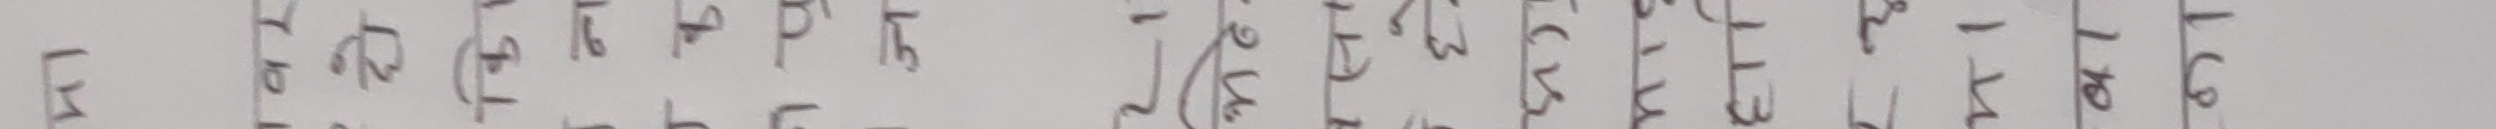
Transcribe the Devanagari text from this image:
प दिए पनि गर्छ अनि गरि दिन्छ जस्तै हुन्छ हुन्छ गर्न सक्छ जान्छ पनि छ दिनु
प बिहान पछि गरे गए गरे दिन जान्छ हुन हुन गए सक्थे जान पर छैन दिनु